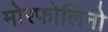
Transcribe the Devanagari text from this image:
मोरफोलिनो